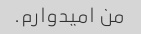
من امیدوارم.